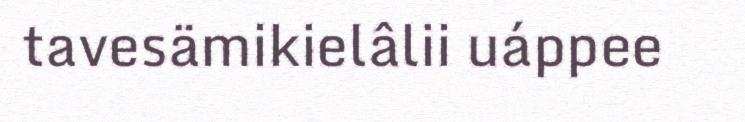
tavesämikielâlii uáppee